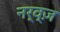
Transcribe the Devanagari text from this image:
नर्व्ज़